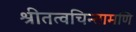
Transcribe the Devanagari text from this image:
श्रीतत्वचिन्तामणि